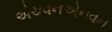
એચવનએનવન